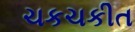
ચકચકીત